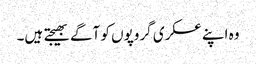
وہ اپنے عسکری گروپوں کو آگے بھیجتے ہیں۔